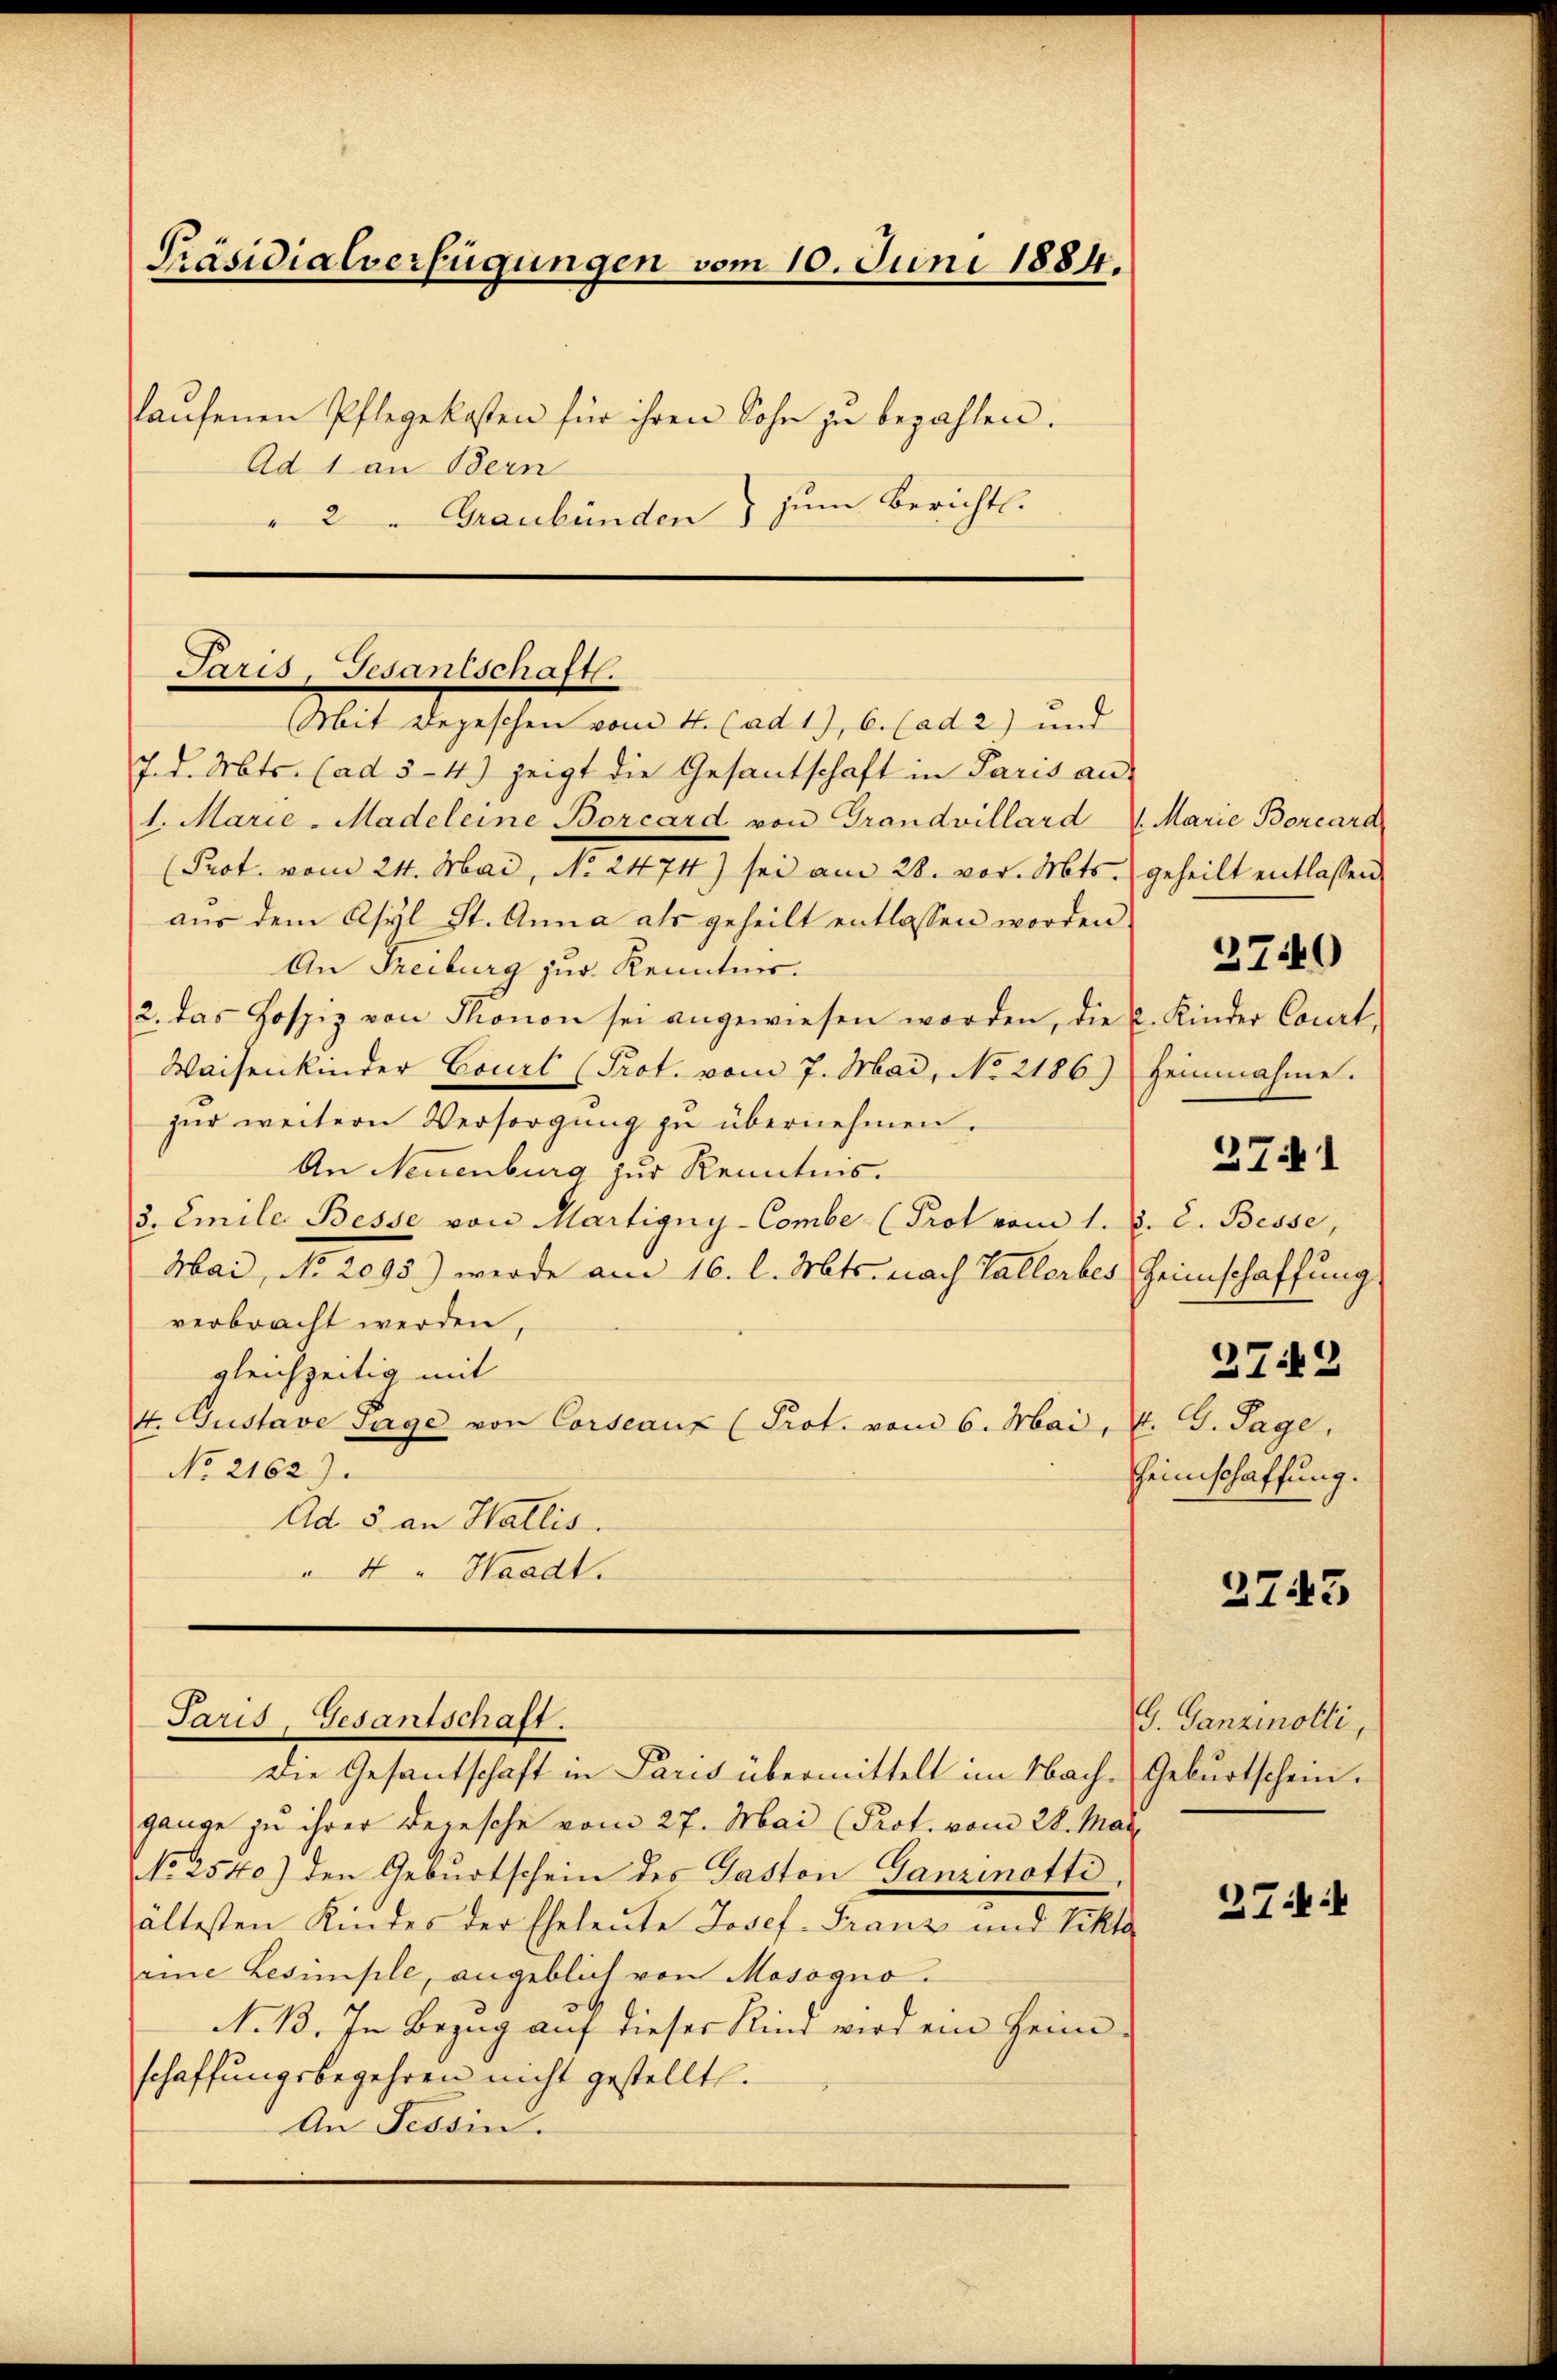
Präsidialverfügungen vom 10. Juni 1884.
laŭfenen Pflegekosten für ihren Sohn zu bezahlen.
Ad 1 an Bern
" 2 " Graubünden) zum Bericht.

Paris-Gesantschaft.
Mit Depeschen vom 4. (ad 1), 6. (ad 2) und

J. d. Mts. (ad 5-4) zeigt die Gesantschaft in Paris aus
1. Marie - Madeleine Borcard von Grandvillard 7. Marie Borcard
(Prot. vom 24. Mai, No 2474) sei am 28. vor. Mts. geheilt entlassen
aus dem Asyl St. Anna als geheilt entlassen worden
An Freiburg zur Kenntnis.
2. das Hospiz von Thonon sei angewiesen worden, die L. Kinder Court,
Waisenkinder Courl (Prot. vom 7. Mai, No 2186.) Heinnahme.
zur weitern Versorgung zu übernehmen.
An Neuenburg zur Kenntnis.
3. Emile Besse von Martigny-Combe (Prot vom 1. d. 2. Besse,
Mai, No 2093) werde am 16. l. Mts. nach Tallerbes Heimschaffung
verbracht werden,
gleichzeitig mit
4. Gustave Tage von Corseaux (Prot. vom 6. Mai, 4. G. Tage,
No 2162).
Ad 5 an Wallis.
4 " Waadt.

Paris, Gesantschaft.

Die Gesantschaft in Paris übermittelt im Nach-Geburtschein.
gange zu ihrer dersche vom 27. Mai (Prot. vom 28. Maÿ
No 2540) den Geburtschein des Gaston Ganzinotti
ältesten Kindes der Eheleute Josef-Franz und Vikta
eine Lesimple, angeblich von Mosogno.
N. 13. In Bezug auf dieser Kind wird ein Heim
schaffungsbegehren nicht gestellt.
An Tessin.

3740

2741

272
Heimschaffung.

2743

G. Ganzinotti,

27: